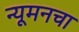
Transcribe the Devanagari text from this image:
न्यूमनचा